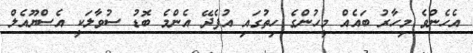
އެހެންވެ މިހާރު ބައެއް މީހުންގެ ހިތުގައި އުފެދޭ އެންމެ ބޮޑު ސުވާލަކީ އެސްޔޫއެލް